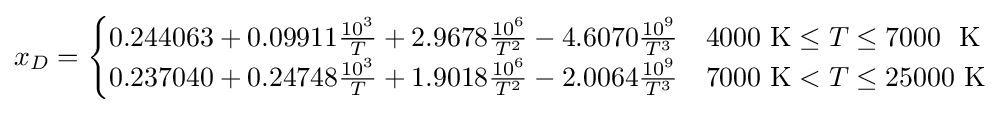
x_{D}={\begin{cases}0.244063+0.09911{\frac {10^{3}}{T}}+2.9678{\frac {10^{6}}{T^{2}}}-4.6070{\frac {10^{9}}{T^{3}}}&4000\ \mathrm {K} \leq T\leq 7000\ \ \mathrm {K} \\0.237040+0.24748{\frac {10^{3}}{T}}+1.9018{\frac {10^{6}}{T^{2}}}-2.0064{\frac {10^{9}}{T^{3}}}&7000\ \mathrm {K} <T\leq 25000\ \mathrm {K} \end{cases}}